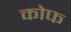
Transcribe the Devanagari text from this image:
कोफ